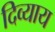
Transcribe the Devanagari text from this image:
दिव्याय